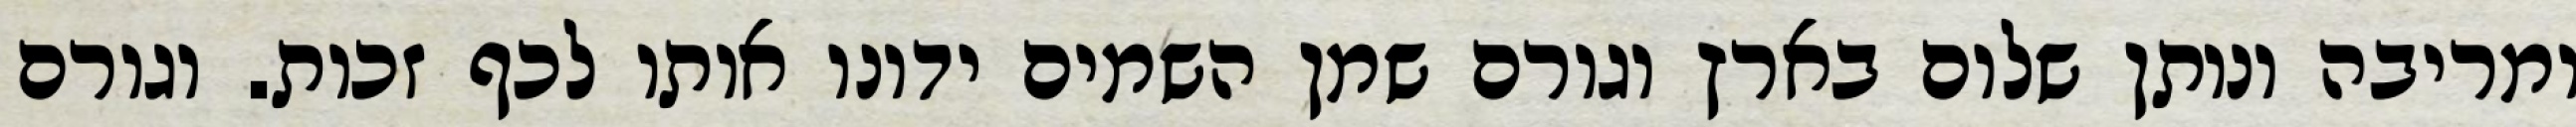
ומריבה ונותן שלום בארץ וגורם שמן השמים ידונו אותו לכף זכות. וגורם